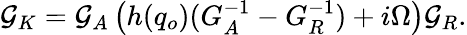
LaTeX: {\cal G}_{K}={\cal G}_{A}\left(h(q_{o})(G_{A}^{-1}-G_{R}^{-1})+i\Omega\right){\cal G}_{R}.